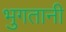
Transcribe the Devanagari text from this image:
भुगतानी